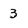
Character: 3